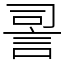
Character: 䛐